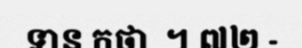
ទាន កថា  ។ ៧២ -